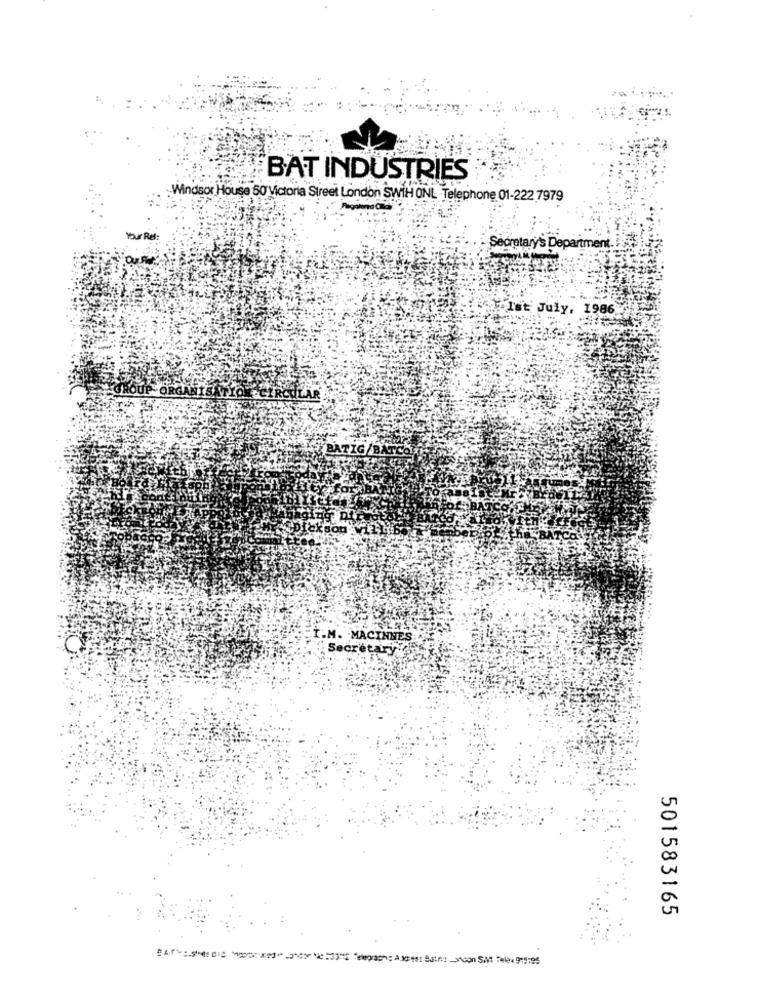
BAT INDUSTRIES
Windsor House 50 Victoria Street London SWTH ONL Telephone 01-222 7979
Secretary's Department _!:
Ist July, 1986
iG/E
M. MACINNES
Secretary
501583165